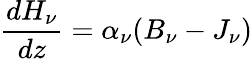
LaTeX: {\frac{dH_{\nu}}{dz}}=\alpha_{\nu}(B_{\nu}-J_{\nu})